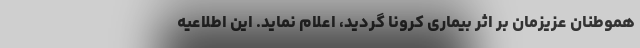
هموطنان عزیزمان بر اثر بیماری کرونا گردید، اعلام نماید. این اطلاعیه